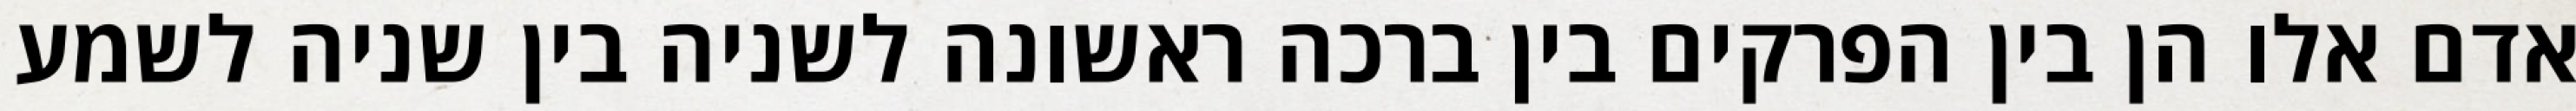
אדם אלו הן בין הפרקים בין ברכה ראשונה לשניה בין שניה לשמע